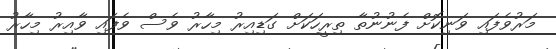
މަރުވެފައި ވަނިކޮށް ފެނުނުތާ ތިރީހަކަށް ގަޑިއިރު މިހާރު ވެސް ވެފައި ވާއިރު މިހާރު